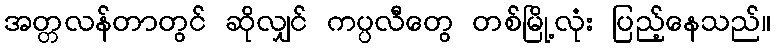
အတ္တလန်တာတွင် ဆိုလျှင် ကပ္ပလီတွေ တစ်မြို့လုံး ပြည့်နေသည်။